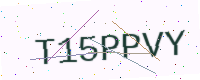
Text: T15PPVY